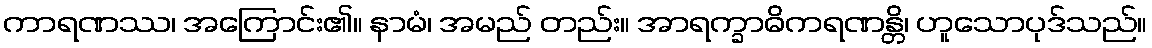
ကာရဏဿ၊ အကြောင်း၏။ နာမံ၊ အမည် တည်း။ အာရက္ခာဓိကရဏန္တိ၊ ဟူသောပုဒ်သည်။